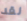
لقد